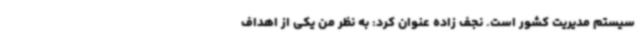
سیستم مدیریت کشور است. نجف زاده عنوان کرد: به نظر من یکی از اهداف